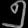
Digit: ၅